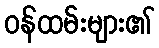
ဝန်ထမ်းများ၏